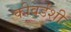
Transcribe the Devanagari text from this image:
कीवर्डशी